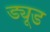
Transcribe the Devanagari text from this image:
ड्यूड